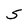
Character: S